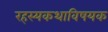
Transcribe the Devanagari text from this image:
रहस्यकथाविषयक